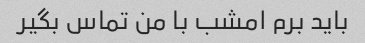
باید برم امشب با من تماس بگیر